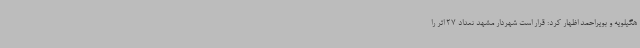
هگیلویه و بویراحمد اظهار کرد: قرار است شهردار مشهد تعداد 27 اثر را